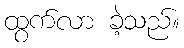
ထွက်လာ ခဲ့သည်။